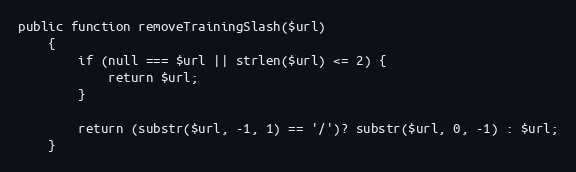
Language: PHP
public function removeTrainingSlash($url)
    {
        if (null === $url || strlen($url) <= 2) {
            return $url;
        }

        return (substr($url, -1, 1) == '/')? substr($url, 0, -1) : $url;
    }